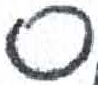
אות: ס